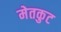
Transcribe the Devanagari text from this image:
मेतकुट